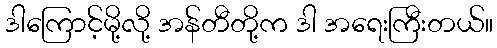
ဒါကြောင့်မို့လို့ အန်တီတို့က ဒါ အရေးကြီးတယ်။